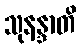
သုနန္ဒာတိ